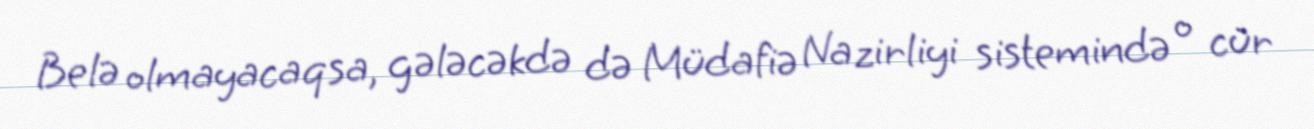
Belə olmayacaqsa, gələcəkdə də Müdafiə Nazirliyi sistemində o cür